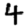
Digit: 4